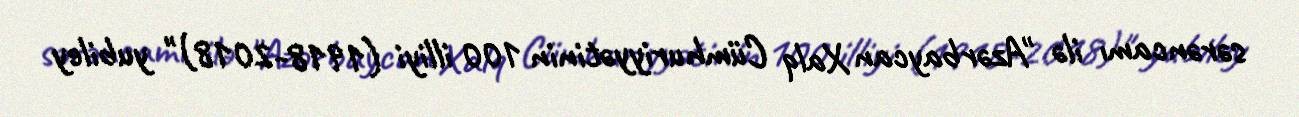
sərəncamı ilə "Azərbaycan Xalq Cümhuriyyətinin 100 illiyi (1918-2018)" yubiley